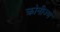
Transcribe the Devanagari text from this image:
क्रोनीज्म